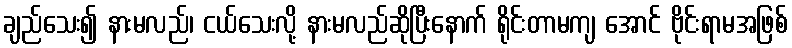
ချည်သေး၍ နားမလည်၊ ငယ်သေးလို့ နားမလည်ဆိုပြီးနောက် ရိုင်းတာမကျ အောင် ဗိုင်းရာမအဖြစ်